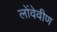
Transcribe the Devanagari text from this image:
लोंवेवीण